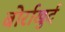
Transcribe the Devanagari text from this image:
बोर्राखुर्द